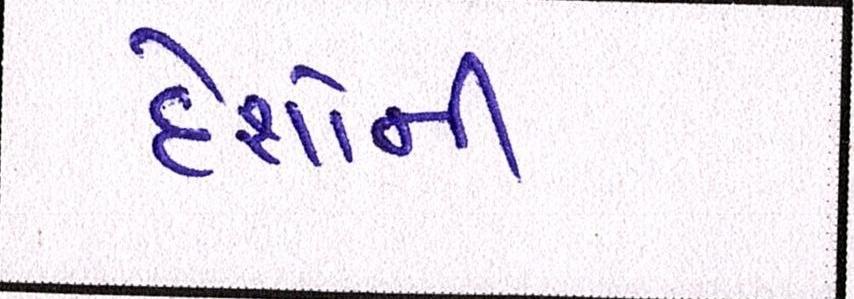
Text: દેશોની